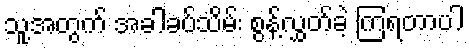
သူ့အတွက် အခါခပ်သိမ်း စွန့်လွှတ်ခဲ့ ကြရတာပါ